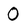
Character: 0